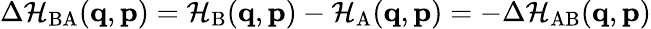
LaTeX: \Delta\mathcal{H}_{\mathrm{BA}}(\mathbf{q},\mathbf{p})=\mathcal{H}_{\mathrm{B}}(\mathbf{q},\mathbf{p})-\mathcal{H}_{\mathrm{A}}(\mathbf{q},\mathbf{p})=-\Delta\mathcal{H}_{\mathrm{AB}}(\mathbf{q},\mathbf{p})